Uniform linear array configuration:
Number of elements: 8
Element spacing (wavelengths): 0.25
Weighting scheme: hann
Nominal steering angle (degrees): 60
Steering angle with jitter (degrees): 61.336
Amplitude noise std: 0.05
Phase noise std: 0.05

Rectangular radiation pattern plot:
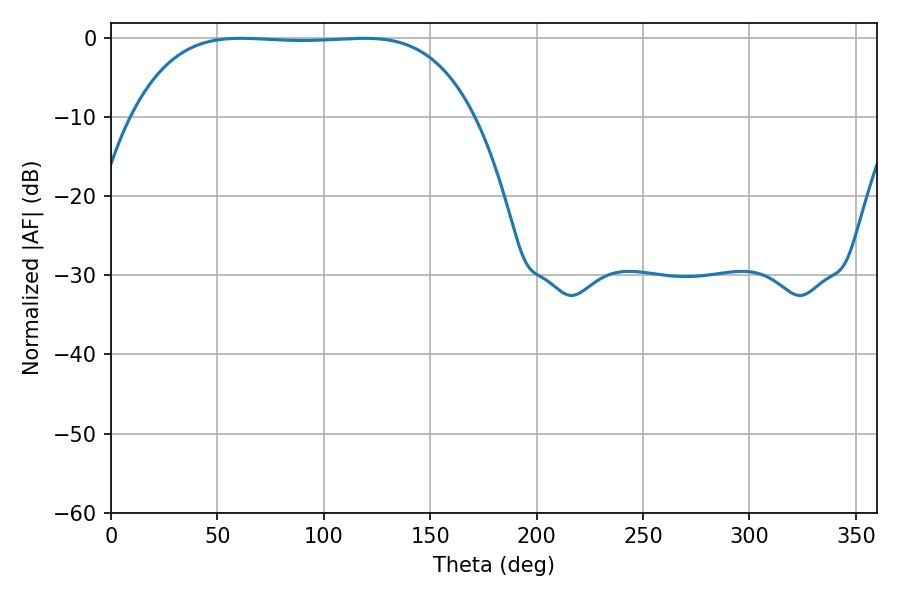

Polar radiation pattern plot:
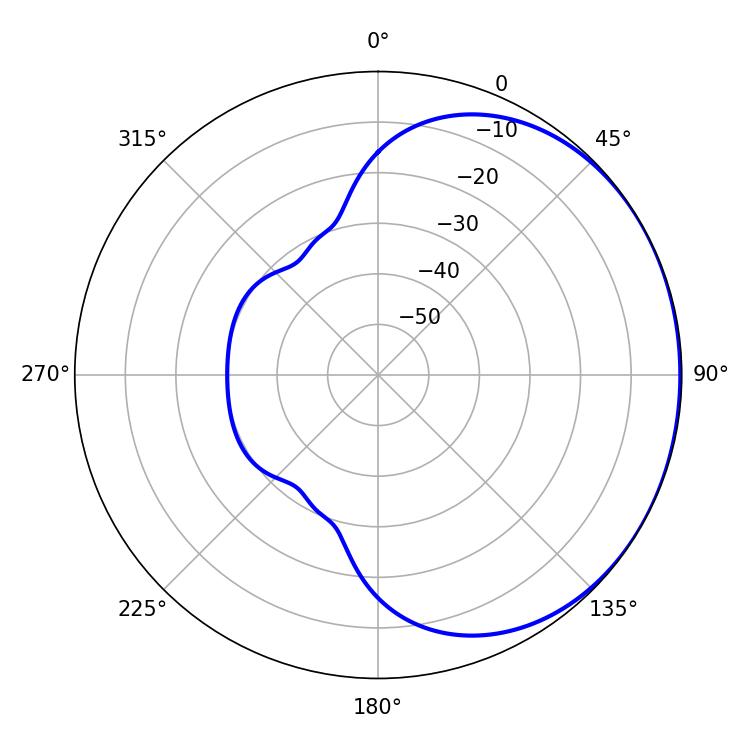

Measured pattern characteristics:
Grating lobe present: FALSE
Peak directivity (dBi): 0.7241
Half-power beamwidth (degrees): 124.56
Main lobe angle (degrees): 61.02